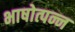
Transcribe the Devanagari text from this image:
भाषोत्पन्न